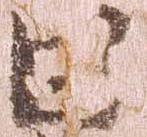
日